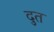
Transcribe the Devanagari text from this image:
दुत